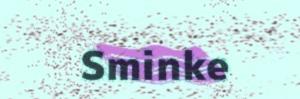
Sminke